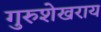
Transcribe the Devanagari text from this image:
गुरुशेखराय